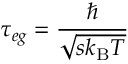
\tau _ { e g } = \frac { \hbar } { \sqrt { s k _ { \mathrm { B } } T } }